King Institute of Preventive Medicine Bacteriolog. Section reports 1907-08
Year: 1907
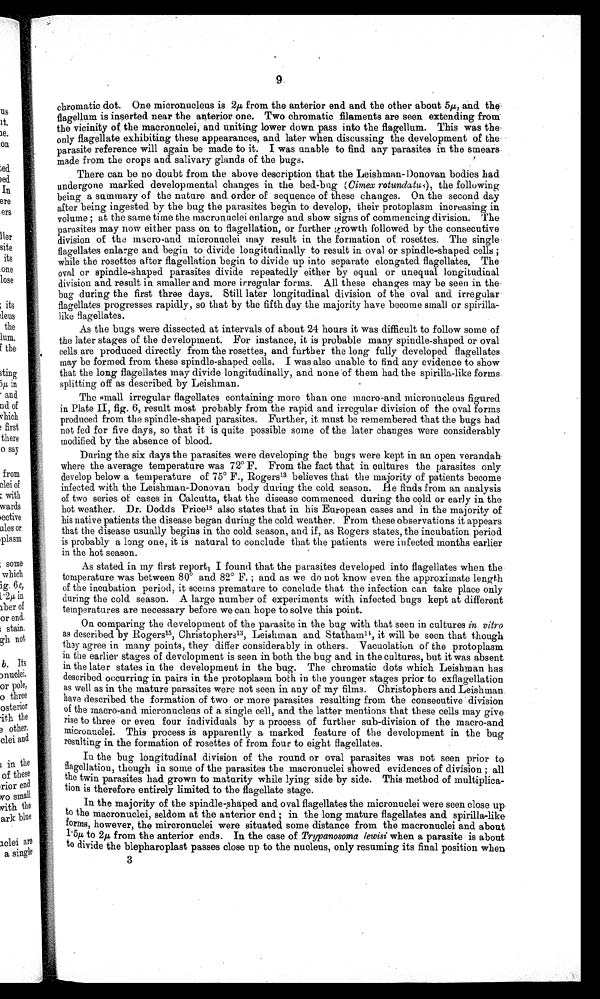
9
chromatic dot. One micronucleus is 2μ from the anterior end and. the other about 5 μ , and the
flagellum is inserted near the anterior one. Two chromatic filaments are seen extending from
the vicinity of the macronuclei, and uniting lower down pass into the flagellum. This was the
only flagellate, exhibiting these appearances, and later when discussing the development of the
parasite reference will again be made to it. I was unable to find any parasites in the smears
made from the crops and salivary glands of the bugs.
There can be no doubt from the above description that the Leishman- Donovan bodies had
undergone marked developmental changes in the bed-bug (Cimex rotundatus), the following
being a summary of the nature and order of sequence of these changes. On the second day
after being ingested by the bug the parasites begin to develop, their protoplasm increasing in
volume ; at the same time the macronuclei enlarge and show signs of commencing
division. The
parasites may now either pass on to flagellation, or further growth followed by the consecutive
division of the macro-and micronuclei may result in the formation of rosettes. The single
flagellates enlarge and begin to divide longitudinally to result in oval or spindle-shaped cells ;
while the rosettes after flagellation begin to divide up into separate elongated flagellates. The
oval or spindle-shaped parasites divide repeatedly either by equal or unequal longitudinal
division and result in smaller and more irregular forms. All these changes may be seen in the
bug during the first three days. Still later longitudinal division of the oval and. irregular
flagellates progresses rapidly, so that by the fifth day the majority have become small or
s p i r i l l a - l i k e f l a g e l l a t e s .
As the bugs were dissected at intervals of about 24 hours it was difficult to follow some of
the later stages of the development. For instance, it is probable many spindle-shaped or oval
cells are produced directly from the rosettes, and further the long fully developed flagellates
may be formed from these spindle-shaped. cells. I was also unable to find any evidence to show
that the long flagellates may divide longitudinally, and none of them had the spirilla-like forms
splitting off as described by Leishman.
The small irregular flagellates containing more than one macro-and. micronucleus figured
in Plate II, fig. 6, result most probably from the rapid and irregular division of the oval forms.
produced from the spindle-shaped parasites. Further, it must be remembered that the bugs had
not fed for five days, so that it is quite possible some of the later changes were considerably
modified by the absence of blood.
During the six days the parasites were developing the bugs were kept in an open verandah
where the average temperature was 72° F. From the fact that in cultures the parasites only
develop below a temperature of 75° F., Rogers 13 believes that the majority of patients become
infected with the Leishman-Donovan body during the cold season. He finds from an analysis
of two series of cases in Calcutta, that the disease commenced during the cold or early in the
hot weather. Dr. Dodds Price1 8
a l s o s t a t e s t h a t i n h i s E u r o p e a n c a s e s a n d i n t h e m a j o r i t y o f
his native patients the disease began during the cold weather. From these observations it appears
that the disease usually begins in the cold season, and if; as Rogers states, the incubation period
is probably a long one, it is natural to conclude that the patients were infected months earlier
in the hot season.
As st at ed i n my fi rst report 1 I found t hat t he parasi t es devel oped i nt o fl agel l at es when t he
temperature was between 80° and 82° F. ; and as we do not know even the approximate length
of the incubation period, it seems premature to conclude that the infection can take place only
during the cold season. A large number of experiments with infected bugs kept at different
temperatures are necessary before we can hope to solve this point.
On comparing the development of the parasite in the bug with that seen in cultures in vitro
as described by Rogers15, Christophers13, Leishman and Statham14, it will be seen that though
they agree in many points, they differ considerably in others. Vacuolation of the protoplasm
in the earlier stages of development is seen in both the bug and in the cultures, but it was absent
in the later states in the development in the bug. The chromatic dots which Leishman has
described occurring in pairs in the protoplasm both in the younger stages prior to exflagellation
as well as in the mature parasites were not seen in any of my films. Christophers and Leishman
have described the formation of two or more parasites resulting from the consecutive . division
of the macro-and micronucleus of a single cell, and the latter mentions that these cells may give
rise to three or even four individuals by a process of further sub-division of the macro-and
micronuclei. This process is apparently a marked feature of the development in the bug
resulting in the formation of rosettes of from four to eight flagellates.
In the bug longitudinal division of the round or oval parasites was not seen prior to
flagellation, though in some of the parasites the macronuclei showed evidences of division ; all
the twin parasites had. grown to maturity while lying side by side. This method of multiplica-
tion is therefore entirely limited to the flagellate stage.
In the majority of the spindle-shaped and oval flagellates the micronuclei were seen close up
to the macronuclei, seldom. at the anterior end in the long mature flagellates and spirilla-like
forms, however, the mircronuclei were situated some distance from the macronuclei and about
1 . 5 μ t o 2 µ f r o m t h e a n t e r i o r e n d s . I n t h e c a s e o fT
r y p a n o s o m a l e w i s i
w h e n a p a r a s i t e i s a b o u t
to divide the blepharoplast passes close up to the nucleus, only resuming its final position when
3